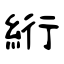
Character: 絎